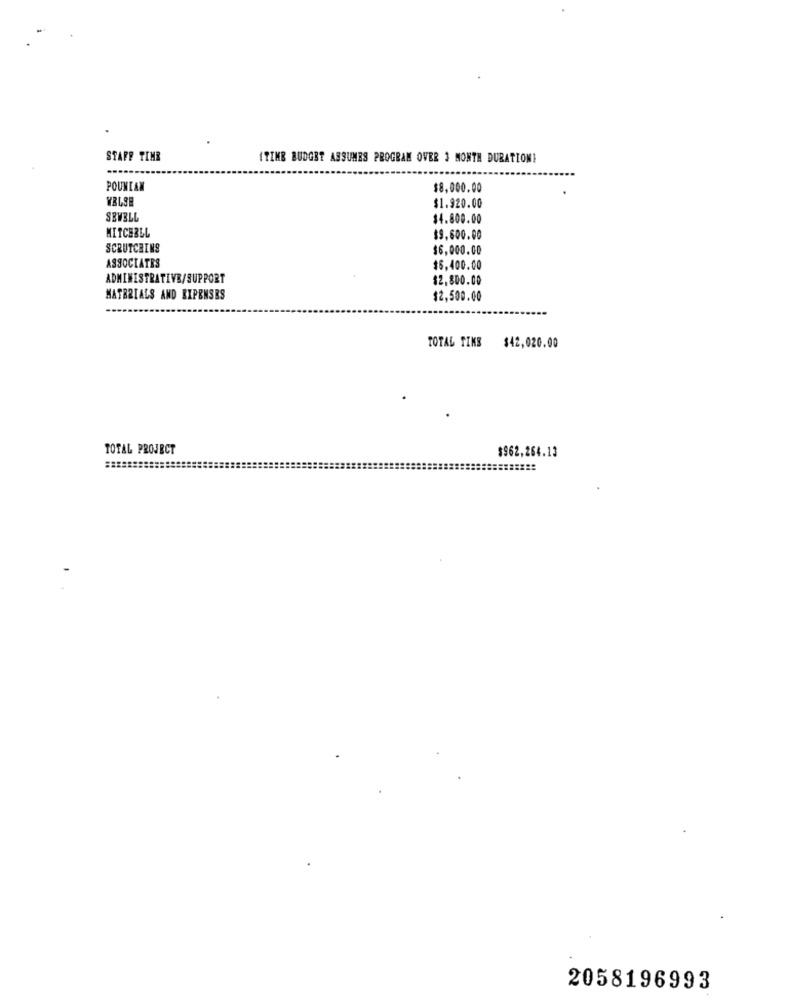
STAFF TIME
ITINE BUDGET ASSUMES PROGRAM OVER 3 MONTH DURATION!
POUNIAN
$8,000.00
$1.920.00
SEWELL
$4.800.00
MITCHBLL
$9,600.00
SCRUTCHINS
$6,000.00
ASSOCIATES
$6,400.00
ADMINISTRATIVE/SUPPORT
$2,800.00
MATERIALS AND EXPENSES
12,500.00
TOTAL TIKS $42,020.00
TOTAL PROJECT
$962,264.13
2058196993